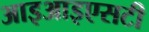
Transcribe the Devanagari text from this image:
आइआइएसटी